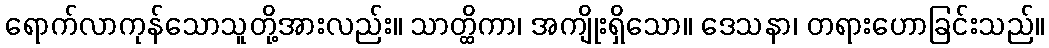
ရောက်လာကုန်သောသူတို့အားလည်း။ သာတ္ထိကာ၊ အကျိုးရှိသော။ ဒေသနာ၊ တရားဟောခြင်းသည်။